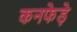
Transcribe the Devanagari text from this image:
कनफेड़े